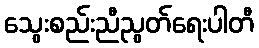
သွေးစည်းညီညွတ်ရေးပါတီ